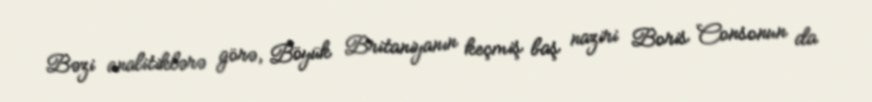
Bəzi analitiklərə görə, Böyük Britaniyanın keçmiş baş naziri Boris Consonun da